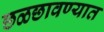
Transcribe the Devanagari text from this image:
छळछावण्यात